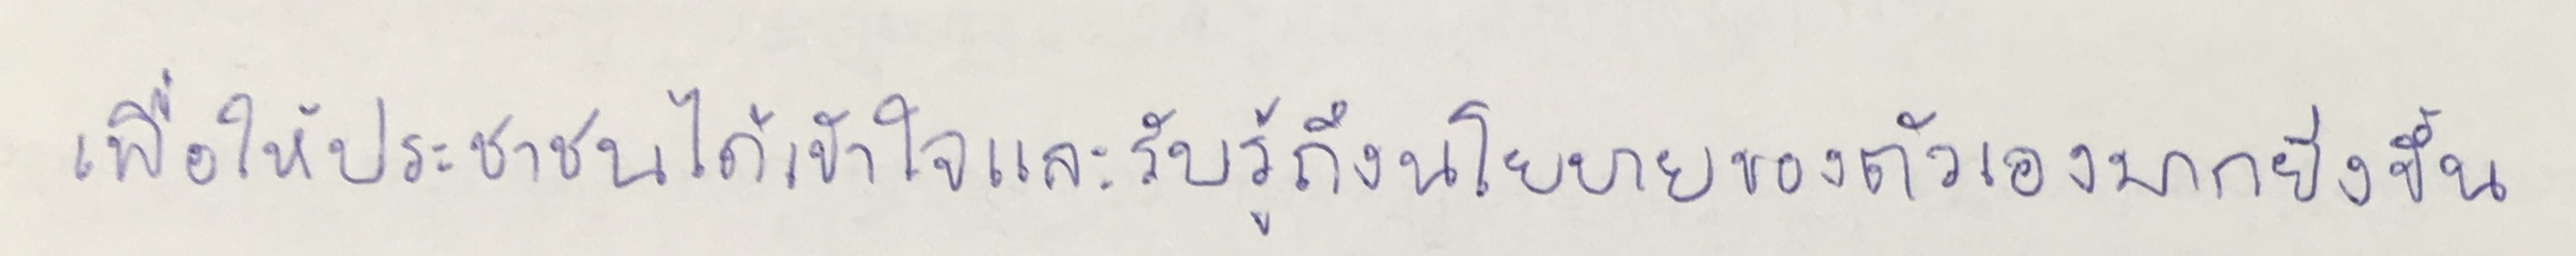
เพื่อให้ประชาชนได้เข้าใจและรับรู้ถึงนโยบายของตัวเองมากยิ่งขึ้น